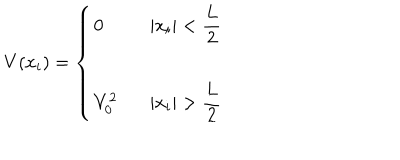
V ( x _ { i } ) = \left\{ \begin{array} { l l } { { 0 } } & { { | x _ { i } | < { \displaystyle { \frac { L } { 2 } } } } } \\ { { V _ { 0 } ^ { 2 } } } & { { | x _ { i } | > { \displaystyle { \frac { L } { 2 } } } } } \\ \end{array} \right.